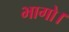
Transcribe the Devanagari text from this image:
भागो।